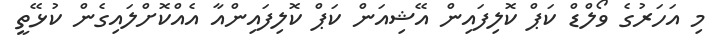
މި އަހަރުގެ ވޯލްޑް ކަޕް ކޮލިފައިން އޭޝިއަން ކަޕް ކޮލިފައިންއާ އެއްކޮށްލައިގެން ކުޅޭތީ